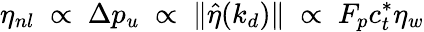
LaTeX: \eta_{nl}\; \propto\; \Delta p_{u}\; \propto\; \Vert\hat{\eta}(k_{d})\Vert\; \propto\; F_{p}c_{t}^{\ast}\eta_{w}